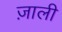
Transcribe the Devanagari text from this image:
ज़ाली